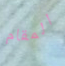
المقام